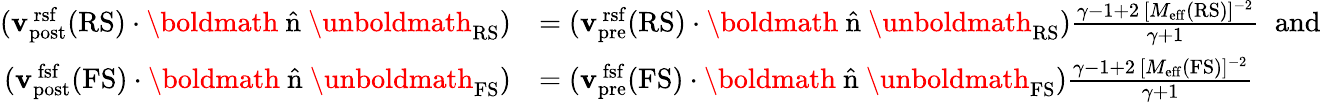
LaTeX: \begin{array}{rl}{({\mathbf{v}}_{\mathrm{post}}^{\mathrm{\, rsf}}(\mathrm{RS})\cdot{\mathrm{\boldmath~\hat{n}~\unboldmath}}_{\mathrm{RS}})}&{=({\mathbf{v}}_{\mathrm{pre}}^{\mathrm{\, rsf}}(\mathrm{RS})\cdot{\mathrm{\boldmath~\hat{n}~\unboldmath}}_{\mathrm{RS}})\frac{\gamma-1+2\, [M_{\mathrm{eff}}(\mathrm{RS})]^{-2}}{\gamma+1}\; \; \mathrm{and}}\\ {({\mathbf{v}}_{\mathrm{post}}^{\mathrm{\, fsf}}(\mathrm{FS})\cdot{\mathrm{\boldmath~\hat{n}~\unboldmath}}_{\mathrm{FS}})}&{=({\mathbf{v}}_{\mathrm{pre}}^{\mathrm{\, fsf}}(\mathrm{FS})\cdot{\mathrm{\boldmath~\hat{n}~\unboldmath}}_{\mathrm{FS}})\frac{\gamma-1+2\, [M_{\mathrm{eff}}(\mathrm{FS})]^{-2}}{\gamma+1}}\end{array}